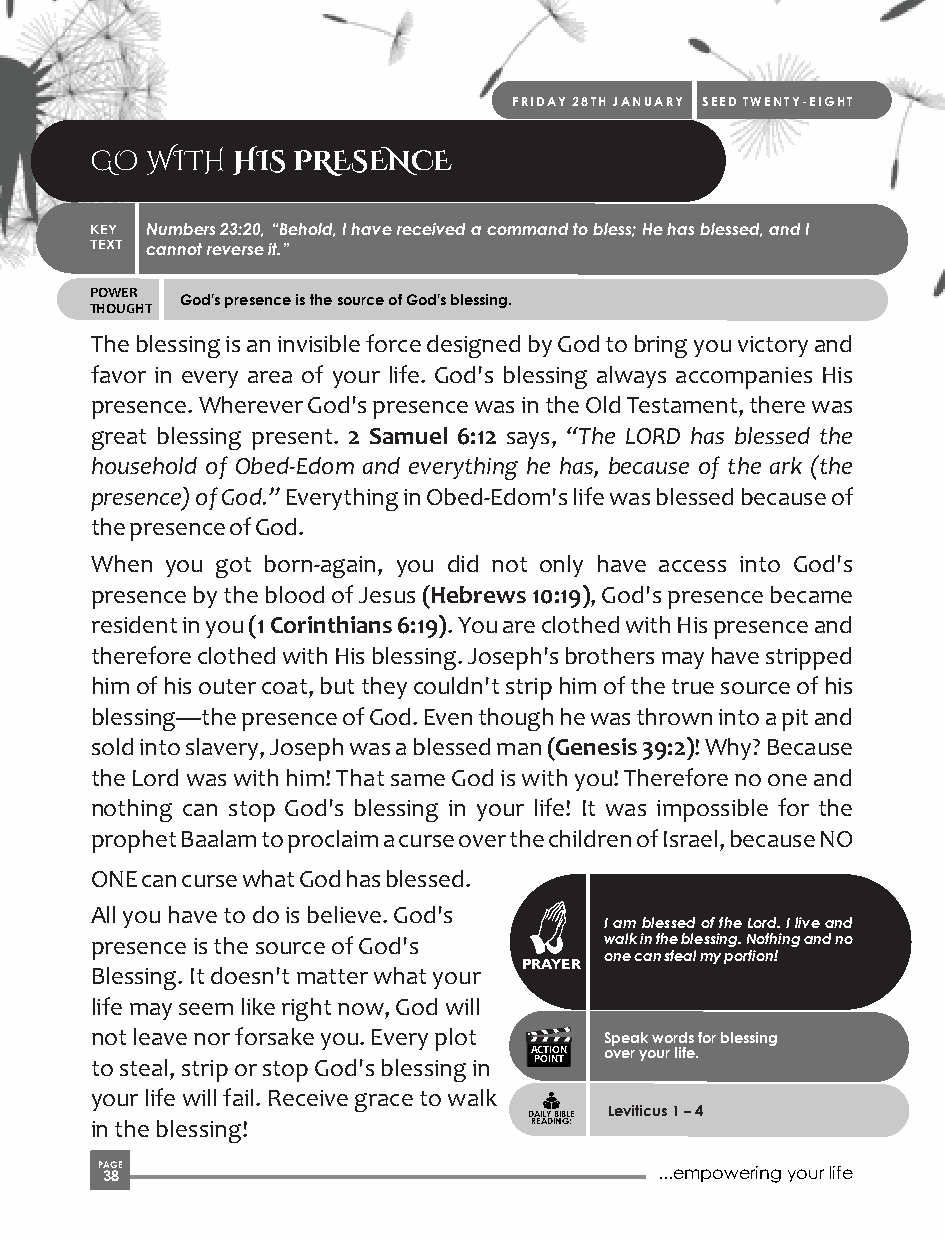
FRIDAY 28TH JANUARY SEED TWENTY-EIGHT
 GO  WITH HIS PRESENCE
 KEY Numbers 23:20, “Behold, I have received a command to bless; He has blessed, and I
 TEXT cannot reverse it.”
 POWER
 God's presence is the source of God's blessing.
 THOUGHT
 The blessing is an invisible force designed by God to bring you victory and
 favor in every area of your life. God's blessing always accompanies His
 presence. Wherever God's presence was in the Old Testament, there was
 great blessing present. 2 Samuel 6:12 says, “The LORD has blessed the
 household of Obed-Edom and everything he has, because of the ark (the
 presence) of God.” Everything in Obed-Edom's life was blessed because of
 the presence of God.
 When you got born-again, you did not only have access into God's
 presence by the blood of Jesus (Hebrews 10:19), God's presence became
 resident in you (1 Corinthians 6:19). You are clothed with His presence and
 therefore clothed with His blessing. Joseph's brothers may have stripped
 him of his outer coat, but they couldn't strip him of the true source of his
 blessing—the presence of God. Even though he was thrown into a pit and
 sold into slavery, Joseph was a blessed man (Genesis 39:2)! Why? Because
 the Lord was with him! That same God is with you! Therefore no one and
 nothing can stop God's blessing in your life! It was impossible for the
 prophet Baalam to proclaim a curse over the children of Israel, because NO
 ONE can curse what God has blessed.
 All you have to do is believe. God's
 I am blessed of the Lord. I live and
 presence is the source of God's   walk in the blessing. Nothing and no
 one can steal my portion!
 PRAYER
 Blessing. It doesn't matter what your
 life may seem like right now, God will
 not leave nor forsake you. Every plot Speak words for blessing
 ACTION over your life.
 to steal, strip or stop God's blessing in POINT
 your life will fail. Receive grace to walk
 Leviticus 1 – 4
 DAILY BIBLE
 in the blessing!             READING:
 P 3AG 8E                              ...empowering your life